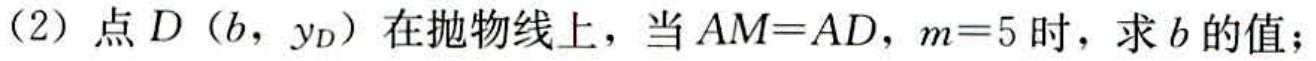
（2）点\(D(b,y_{D})\)在抛物线上，当\(AM = AD\)，\(m = 5\)时，求\(b\)的值；